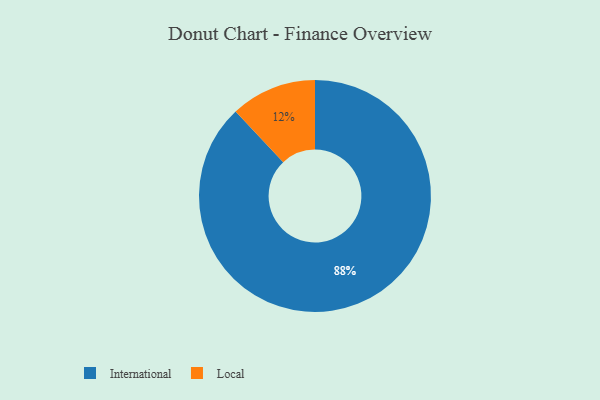
{"axis": {"x": "Category", "y": "Percentage"}, "legend": ["International", "Local"], "data": [{"x": "International", "y": 88, "type": "International"}, {"x": "Local", "y": 12, "type": "Local"}]}